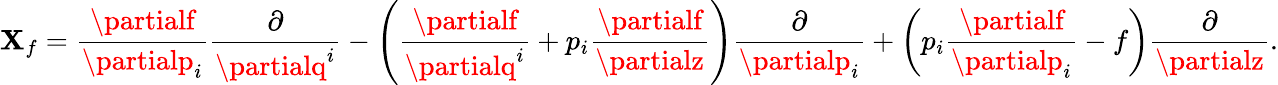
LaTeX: \mathbf{X}_{f}=\frac{{\partialf}}{{\partialp_{i}}}\frac{{\partial}}{{\partialq^{i}}}-\left(\frac{{\partialf}}{{\partialq^{i}}}+p_{i}\frac{{\partialf}}{{\partialz}}\right)\frac{{\partial}}{{\partialp_{i}}}+\left(p_{i}\frac{{\partialf}}{{\partialp_{i}}}-f\right)\frac{{\partial}}{{\partialz}}.